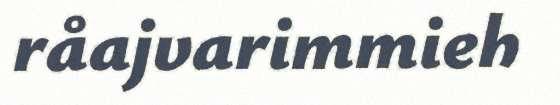
råajvarimmieh